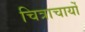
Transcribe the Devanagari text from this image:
चित्राचार्यों